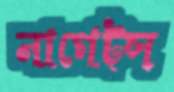
নাগেট্স্